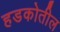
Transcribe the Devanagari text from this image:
हडकोतील